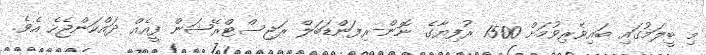
މި ބީލަމުގައި ބައިވެރިވުމަށް 1500 ރުފިޔާގެ ނޮން-ރިފަންޑަބަލް ރަޖިސްޓްރޭޝަން ފީއެއް ދައްކަންޖެހެ އެވެ.